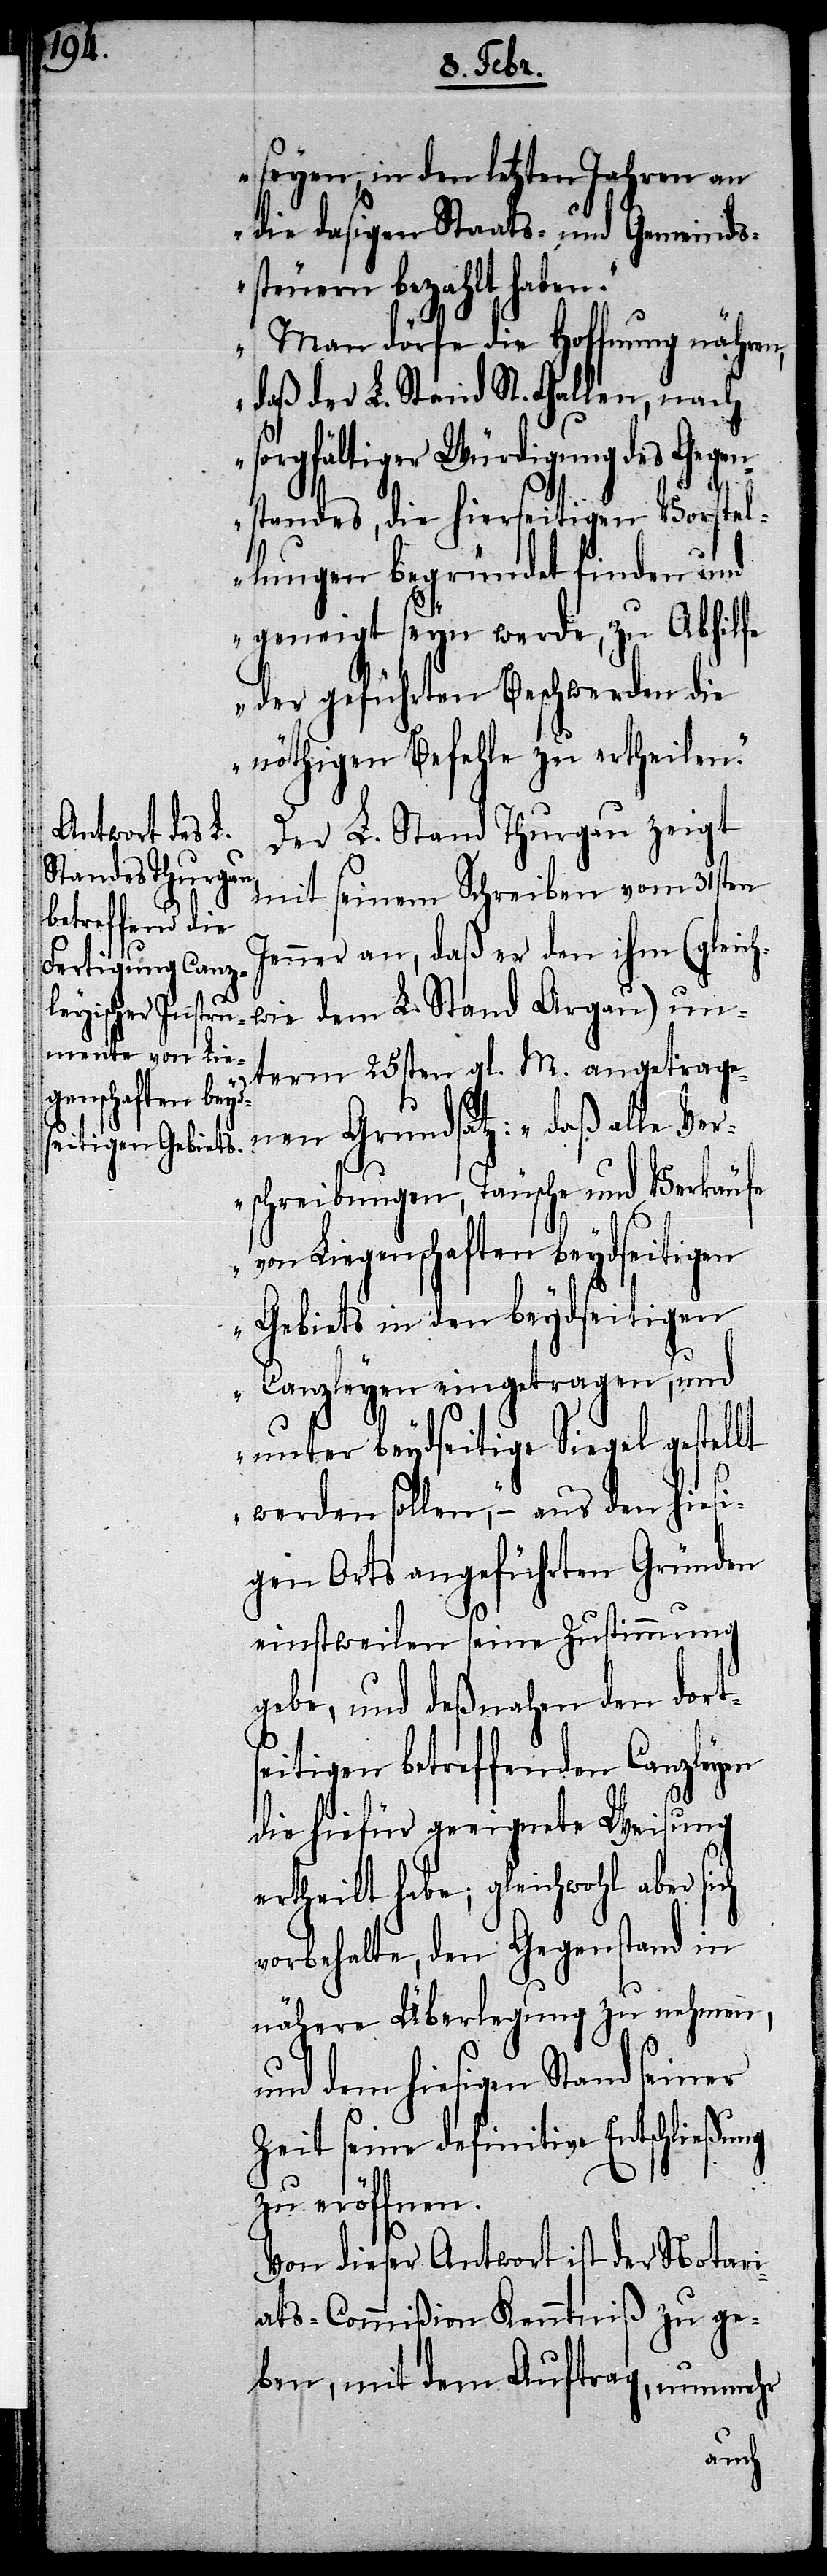
ch

seyen, in den letzten Jahren an
die dasigen Staats- und Gemeinds¬
steuern bezahlt habe¬
„Man dörfe die Hoffnung nähren,
daß der L. Stand St. Gallen, nach
sorgfältiger Würdigung des Gegen¬
standes, die hierseitigen Vorstel¬
lungen begründet finden und
geneigt seyn werde, zu Abhilfe
der geführten Beschwerden die
nöthigen Befehle zu ertheilen.“
Der L. Stand Thurgau zeigt
mit seinem Schreiben vom 31sten
Jenner an, daß er den ihm (gleich¬
wie dem L. Stand Argau) un¬
term 25sten gl. M. angetrage¬
nen Grundsatz: „daß alle Ver¬
schreibungen, Täusche und Verkäufe
von Liegenschaften beydseitigen
Gebiets in den beydseitigen
Canzleyen eingetragen, und
unter beydseitige Siegel gestellt
werden sollen,“ – aus den hiesi¬
gen Orts angeführten Gründen
einstweilen seine Zustimmung
gebe, und deßnahen den dort¬
seitigen betreffenden Canzleyen
die hiefür geeignete Weisung
ertheilt habe; gleichwohl aber si¬
vorbehalte, den Gegenstand in
nähere Überlegung zu nehmen,
und dem hiesigen Stand seiner
Zeit seine definitive Entschließung
zu eröffnen.
Von dieser Antwort ist der Notari¬
ats-Commißion Kenntniß zu ge¬
ben, mit dem Auftrag, nunmehr